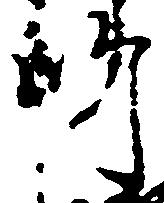
師